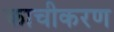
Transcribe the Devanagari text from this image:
काचीकरण